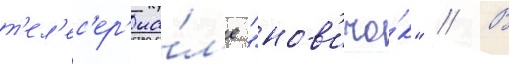
т'ел'ес'ер'иа́л'е "нов'ичо́к" // В